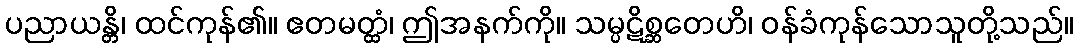
ပညာယန္တိ၊ ထင်ကုန်၏။ ဧတမတ္ထံ၊ ဤအနက်ကို။ သမ္ပဋိစ္ဆတေဟိ၊ ဝန်ခံကုန်သောသူတို့သည်။